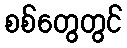
စစ်တွေတွင်